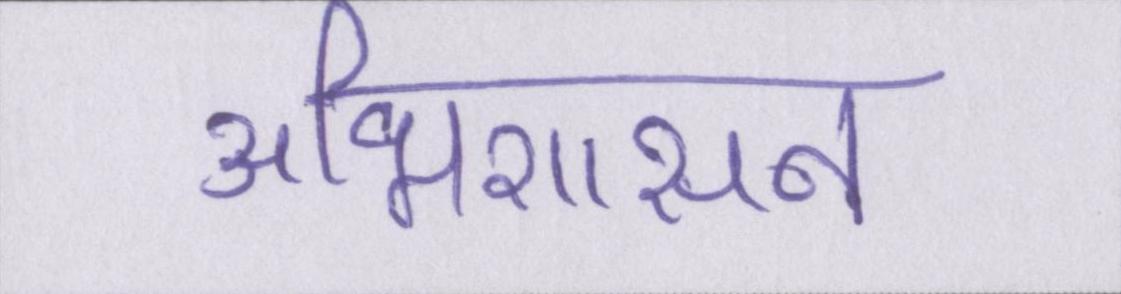
अभिशासन